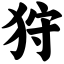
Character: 狩